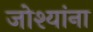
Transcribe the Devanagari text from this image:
जोश्यांना